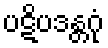
ပဋိပဒန္တဂုံ